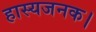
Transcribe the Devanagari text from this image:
हास्यजनक।